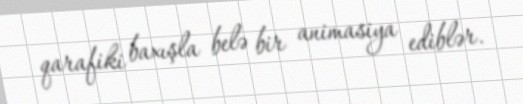
qarafiki baxışla belə bir animasiya ediblər.